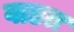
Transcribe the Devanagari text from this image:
वाडत